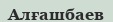
Алғашбаев